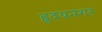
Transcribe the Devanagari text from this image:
हृदयनगर